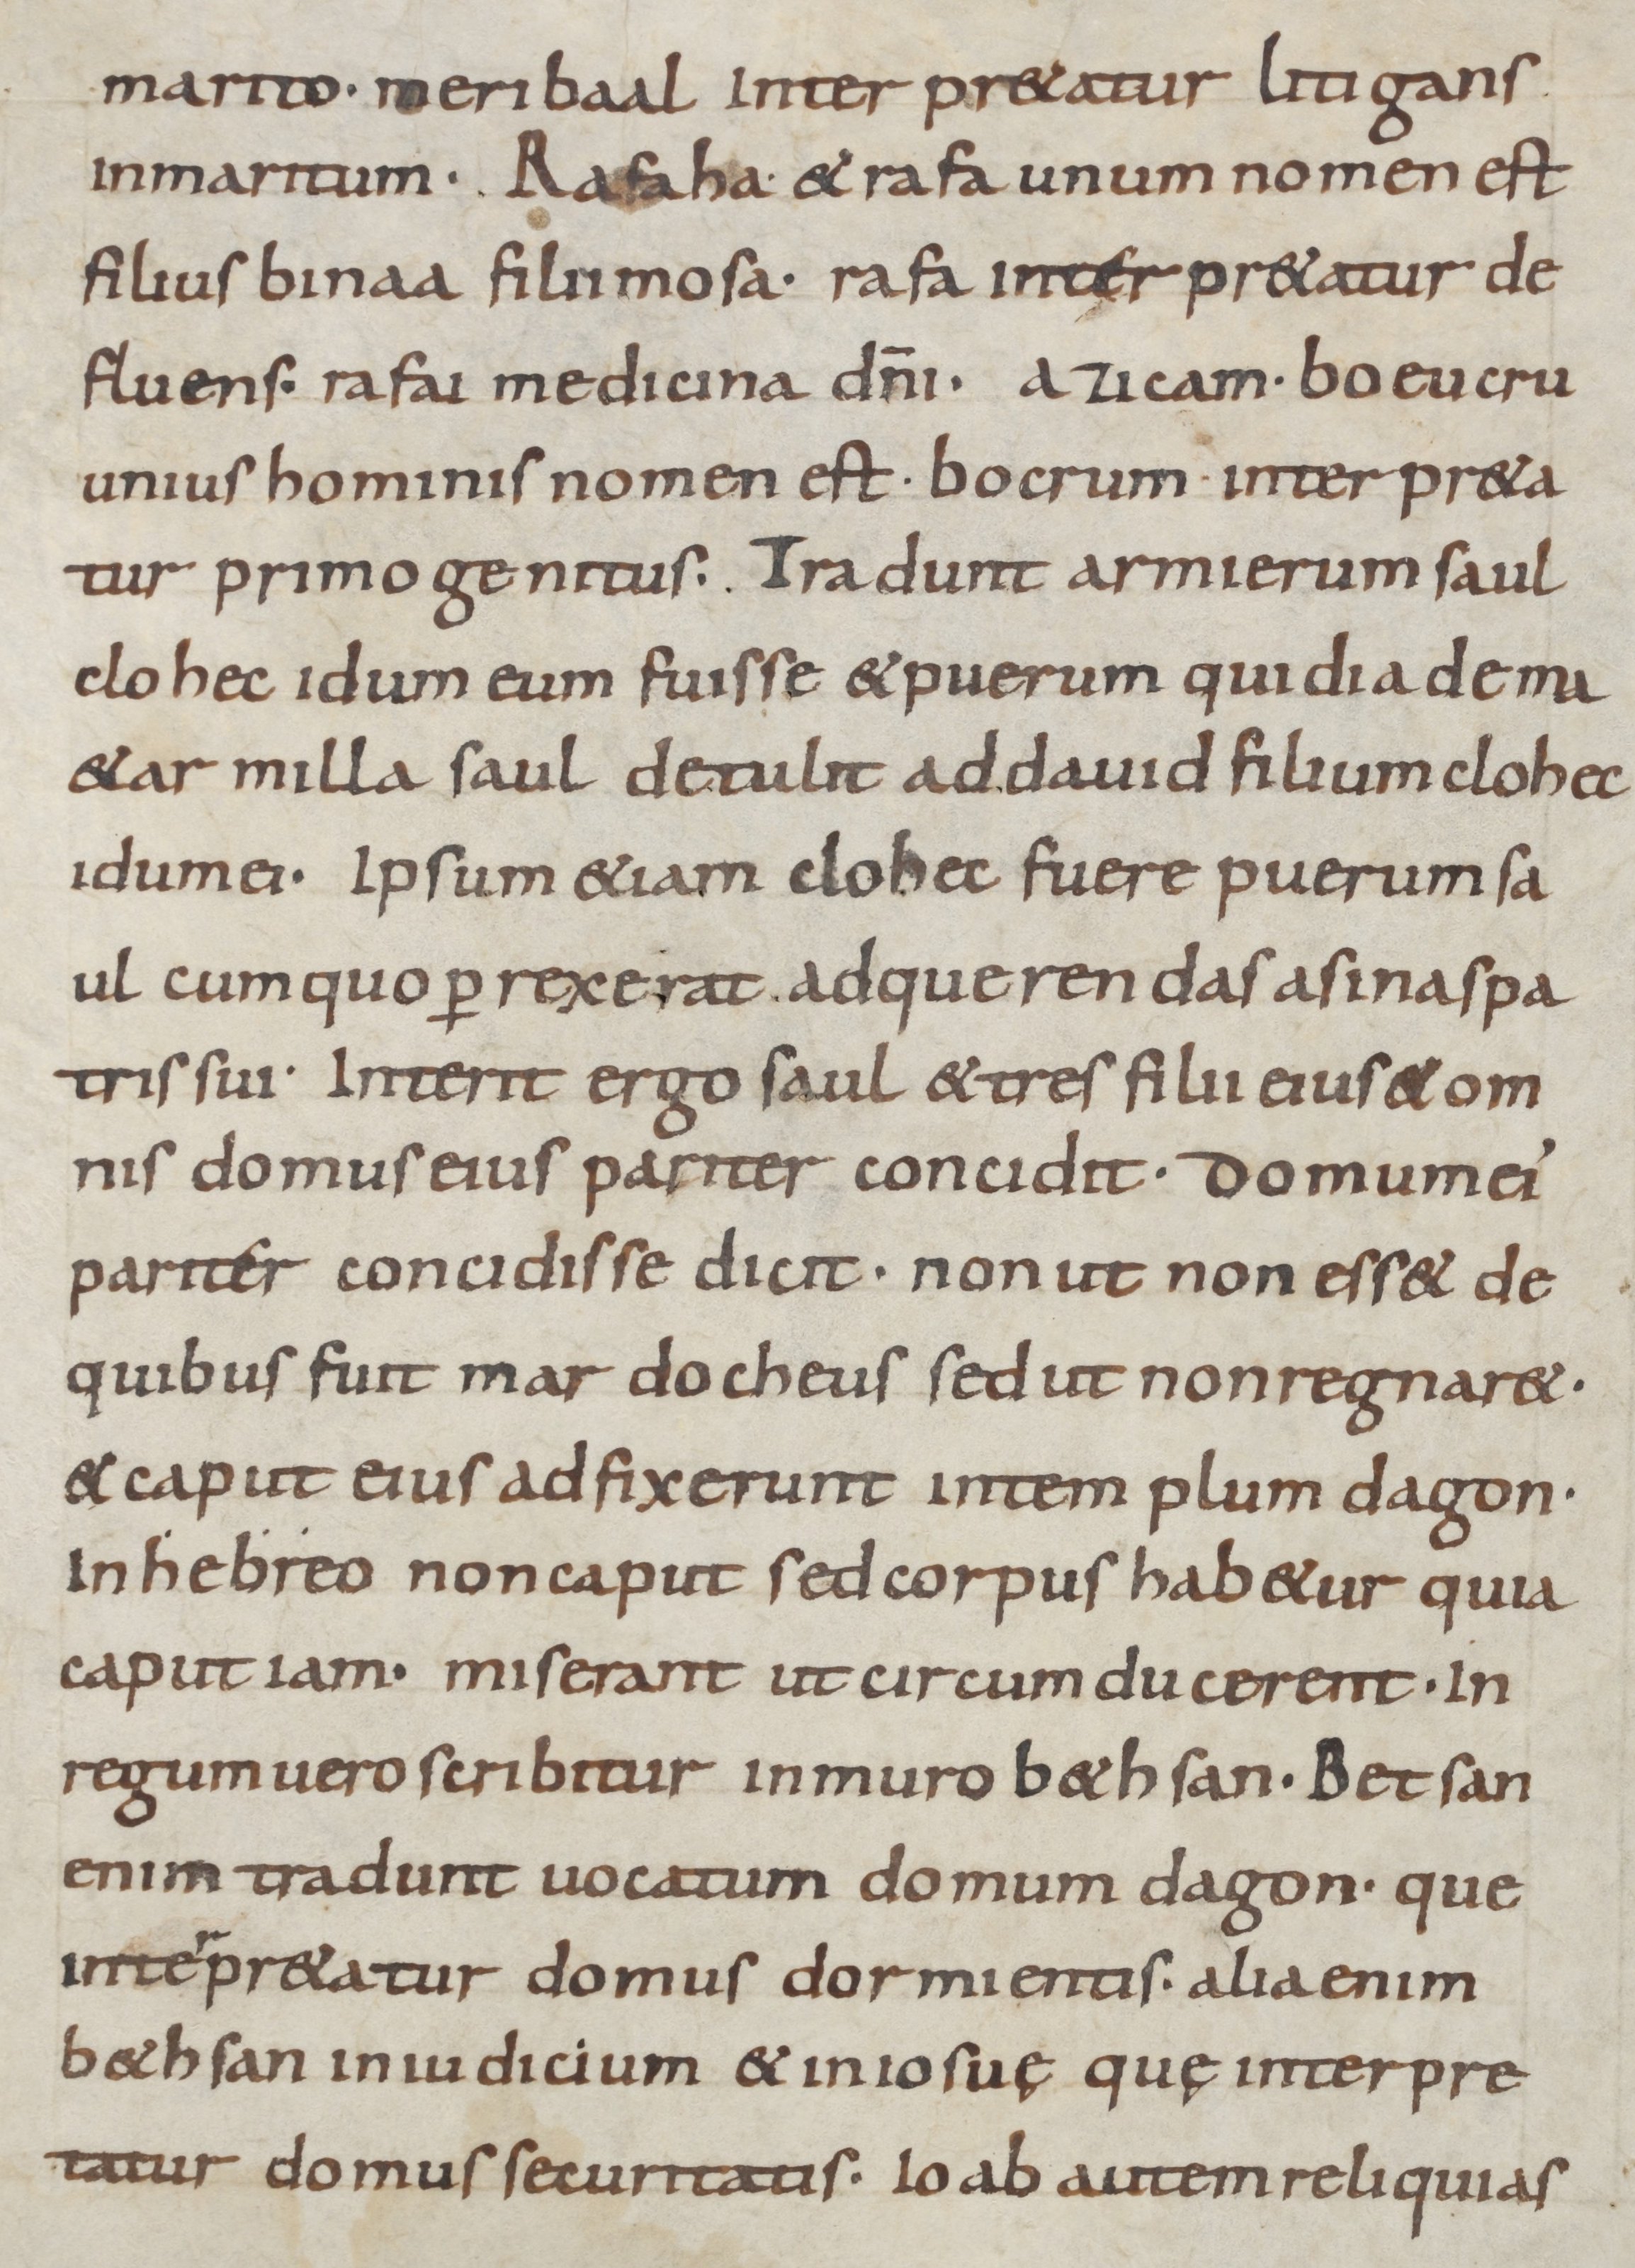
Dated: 800–899